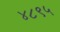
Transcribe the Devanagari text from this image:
४८९५